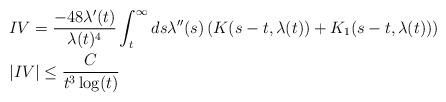
LaTeX: \begin{align*}&IV=\frac{-48 \lambda'(t)}{\lambda(t)^{4}}\int_{t}^{\infty} ds \lambda''(s) \left(K(s-t,\lambda(t))+K_{1}(s-t,\lambda(t))\right)\\&|IV| \leq \frac{C}{t^{3}\log(t)}\end{align*}